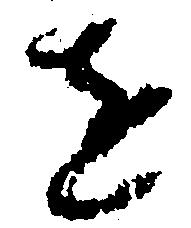
を